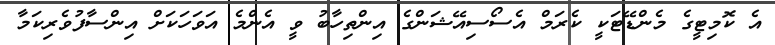
އެ ކޮމިޓީގެ މެންޑޭޓަކީ ކެރަމް އެސޯސިއޭޝަންގެ އިންތިހާބު ވީ އެންމެ އަވަހަކަށް އިންސާފުވެރިކަމާ